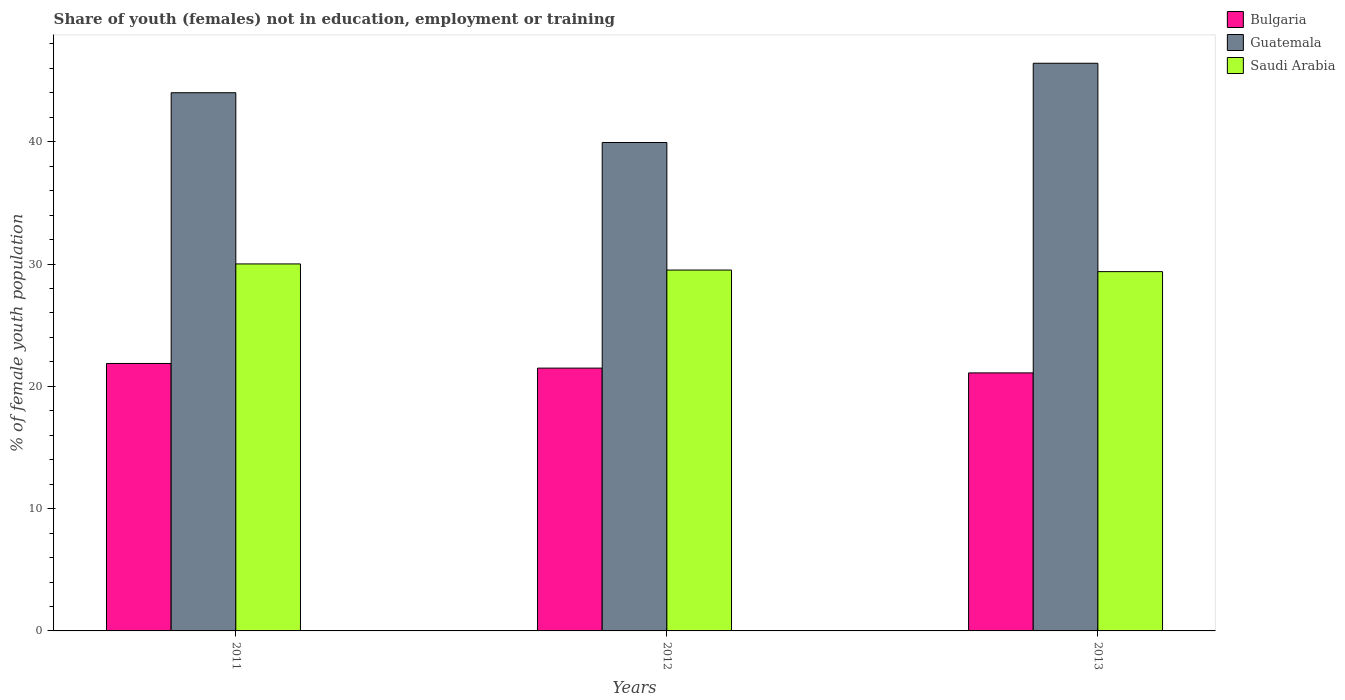
| Years | Bulgaria | Guatemala | Saudi Arabia |
 | --- | --- | --- | --- |
 | 2011 | 21.9 | 44 | 30 |
 | 2012 | 21.5 | 39.9 | 29.5 |
 | 2013 | 21.1 | 46.4 | 29.4 |